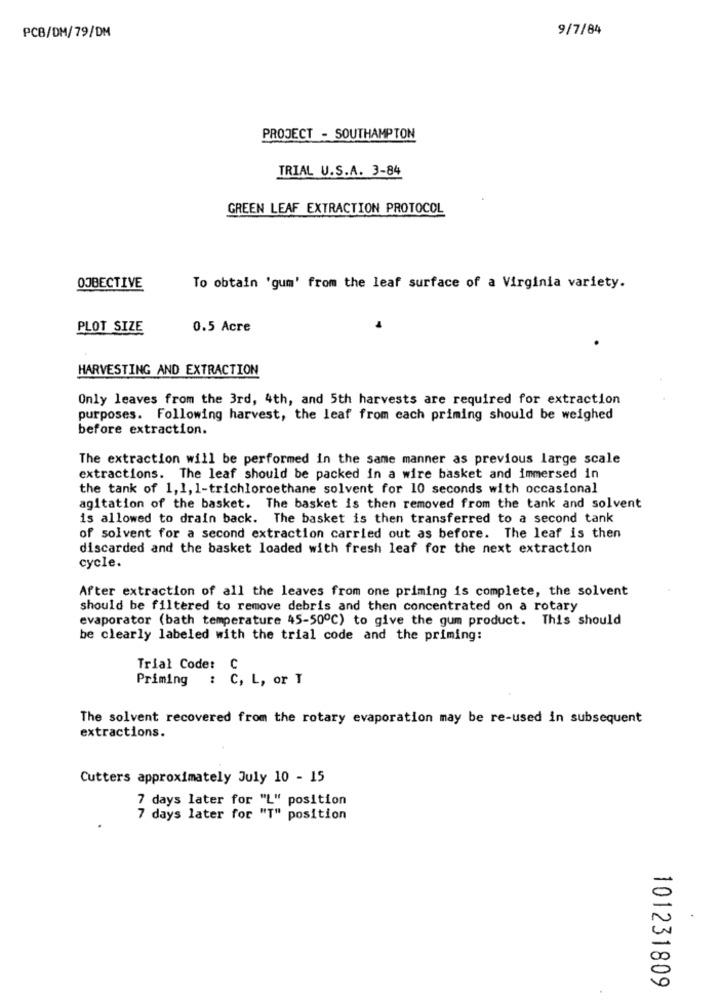
9/7/84
PCB/DM/79/DM
PROJECT - SOUTHAMPTON
TRIAL U.S.A. 3-84
GREEN LEAF EXTRACTION PROTOCOL
OJBECTIVE
To obtain 'gum' from the leaf surface of a Virginia variety.
PLOT SIZE
0.5 Acre
HARVESTING AND EXTRACTION
Only leaves from the 3rd, 4th, and 5th harvests are required for extraction
purposes. Following harvest, the leaf from each priming should be weighed
before extraction.
The extraction will be performed in the same manner as previous large scale
extractions. The leaf should be packed in a wire basket and immersed in
the tank of 1, 1, 1-trichloroethane solvent for 10 seconds with occasional
agitation of the basket. The basket is then removed from the tank and solvent
is allowed to drain back. The basket is then transferred to a second tank
of solvent for a second extraction carried out as before. The leaf is then
discarded and the basket loaded with fresh leaf for the next extraction
cycle.
After extraction of all the leaves from one priming is complete, the solvent
should be filtered to remove debris and then concentrated on a rotary
evaporator (bath temperature 45-50℃) to give the gum product. This should
be clearly labeled with the trial code and the priming:
Trial Codet
C
Priming
: C, L, or T
The solvent recovered from the rotary evaporation may be re-used in subsequent
extractions.
Cutters approximately July 10 - 15
7 days later for "L" position
7 days later for "T" position
101231809